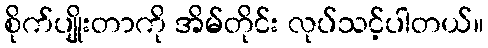
စိုက်ပျိုးတာကို အိမ်တိုင်း လုပ်သင့်ပါတယ်။